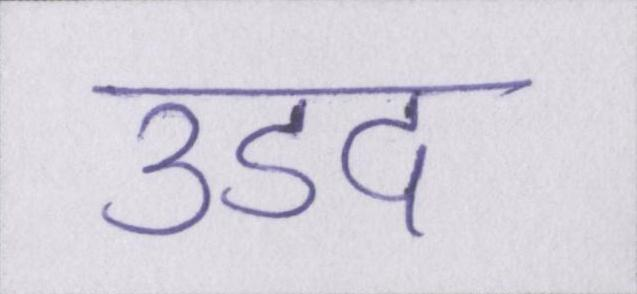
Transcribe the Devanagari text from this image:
उडद